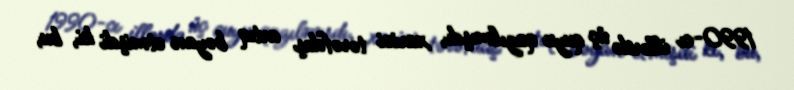
1990-cı illərdə üç quyu qazılmışdı, xarici tərəfdaş artıq bəyan etmişdi ki, bu,